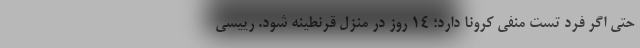
حتی اگر فرد تست منفی کرونا دارد؛ ۱۴ روز در منزل قرنطینه شود. رییسی